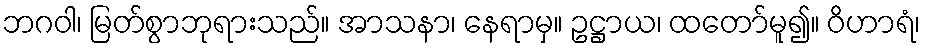
ဘဂဝါ၊ မြတ်စွာဘုရားသည်။ အာသနာ၊ နေရာမှ။ ဥဋ္ဌာယ၊ ထတော်မူ၍။ ဝိဟာရံ၊